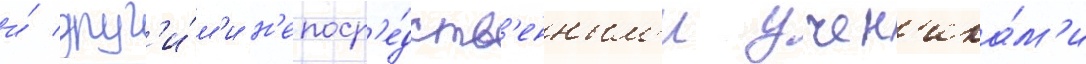
и́ друг'и́м'и н'епоср'е́дств'енным'и учен'ика́м'и